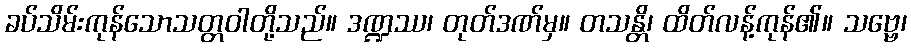
ခပ်သိမ်းကုန်သောသတ္တဝါတို့သည်။ ဒဏ္ဍဿ၊ တုတ်ဒဏ်မှ။ တသန္တိ၊ ထိတ်လန့်ကုန်၏။ သဗ္ဗေ၊